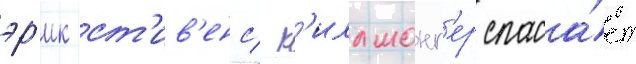
эр'ик ст'ив'енс/ к'иллмонг'ер спаса́ет